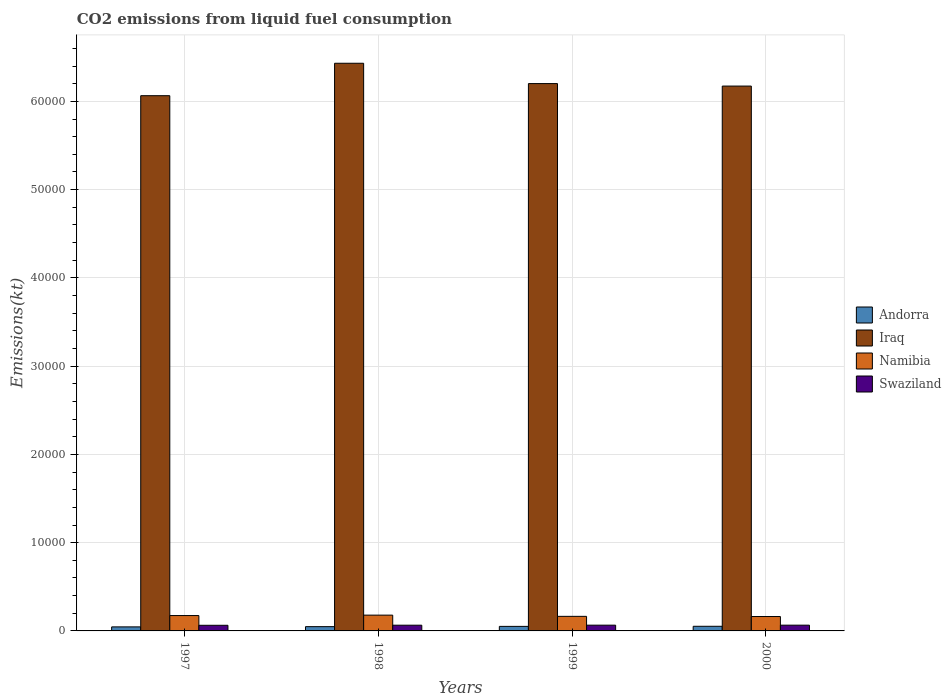
| Years | Andorra | Iraq | Namibia | Swaziland |
 | --- | --- | --- | --- | --- |
 | 1997 | 458 | 6.06e+04 | 1.74e+03 | 638 |
 | 1998 | 484 | 6.43e+04 | 1.79e+03 | 649 |
 | 1999 | 513 | 6.2e+04 | 1.65e+03 | 653 |
 | 2000 | 524 | 6.17e+04 | 1.63e+03 | 653 |